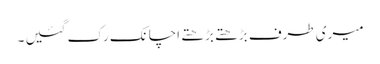
میری طرف بڑھتے بڑھتے اچانک رک گئیں ۔